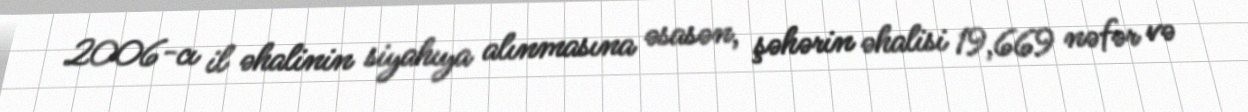
2006-cı il əhalinin siyahıya alınmasına əsasən, şəhərin əhalisi 19,669 nəfər və